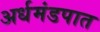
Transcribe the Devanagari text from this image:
अर्धमंडपात